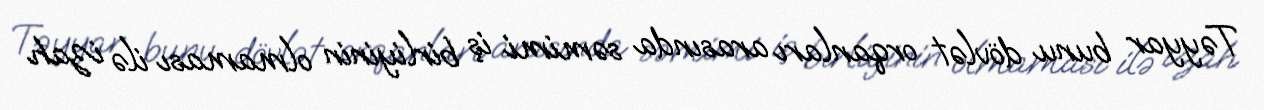
Təyyar bunu dövlət orqanları arasında səmimi iş birliyinin olmaması ilə izah